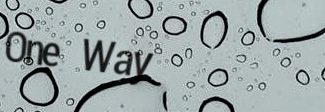
One Way